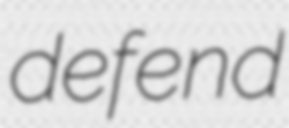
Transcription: defend